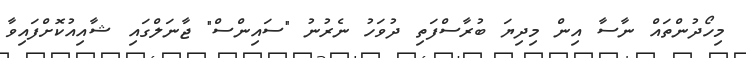
މިހޯދުންތައް ނާސާ އިން މިދިޔަ ބުރާސްފަތި ދުވަހު ނެރުނު "ސައިންސް" ޖާނަލްގައި ޝާއިއުކޮށްފައިވާ